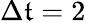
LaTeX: \Delta\mathfrak{t}=2